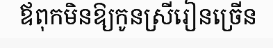
ឪពុកមិនឱ្យកូនស្រីរៀនច្រើន